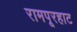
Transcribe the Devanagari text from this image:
रामपूरहाट